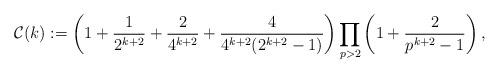
LaTeX: \begin{align*}\mathcal{C}(k):= \left(1+\frac{1}{2^{k+2}}+\frac{2}{4^{k+2}}+ \frac{4}{4^{k+2}(2^{k+2}-1)}\right)\prod_{p>2}\left(1+ \frac{2}{p^{k+2}-1}\right),\end{align*}